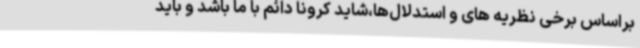
براساس برخی نظریه های و استدلال‌ها،شاید کرونا دائم با ما باشد و باید